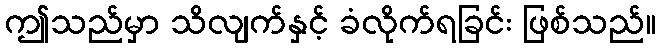
ဤသည်မှာ သိလျက်နှင့် ခံလိုက်ရခြင်း ဖြစ်သည်။